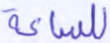
للساعة